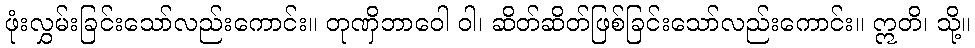
ဖုံးလွှမ်းခြင်းသော်လည်းကောင်း။ တုဏှိဘာဝေါ ဝါ၊ ဆိတ်ဆိတ်ဖြစ်ခြင်းသော်လည်းကောင်း။ ဣတိ၊ သို့။